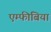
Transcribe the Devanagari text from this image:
एम्‍फीबिया